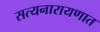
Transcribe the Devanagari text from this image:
सत्यनारायणात